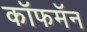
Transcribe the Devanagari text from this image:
कॉफमॅन